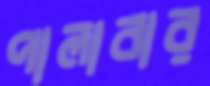
পালাবার